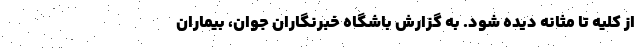
از کلیه تا مثانه دیده شود. به گزارش باشگاه خبرنگاران جوان، بیماران